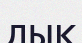
дық